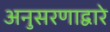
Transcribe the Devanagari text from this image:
अनुसरणाद्वारे